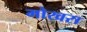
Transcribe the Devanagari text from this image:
मोखरा